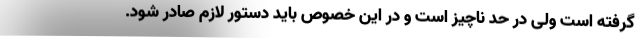
گرفته است ولی در حد ناچیز است و در این خصوص باید دستور لازم صادر شود.